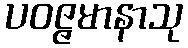
ပဝဇ္ဇမာနာသု